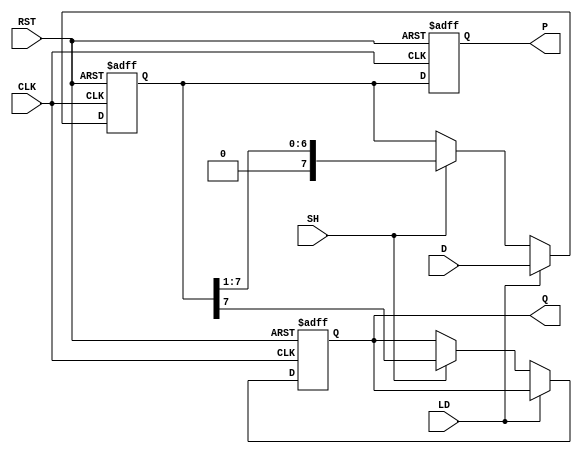
module PISO_Register #(
    parameter WIDTH = 8  // Width of the register (number of bits)
)(
    input wire [WIDTH-1:0] D,  // Parallel data inputs
    input wire LD,              // Load signal
    input wire SH,              // Shift signal
    input wire CLK,             // Clock signal
    input wire RST,             // Reset signal
    output reg Q,               // Serial output
    output reg [WIDTH-1:0] P    // Parallel output (optional)
);

    reg [WIDTH-1:0] shift_reg;  // Shift register to hold data

    always @(posedge CLK or posedge RST) begin
        if (RST) begin
            // Asynchronous reset
            shift_reg <= {WIDTH{1'b0}}; // Clear the register
            Q <= 1'b0;                  // Clear serial output
            P <= {WIDTH{1'b0}};         // Clear parallel output
        end else begin
            if (LD) begin
                // Load operation
                shift_reg <= D;         // Load parallel data into the register
            end else if (SH) begin
                // Shift operation
                Q <= shift_reg[WIDTH-1]; // Output the MSB to Q
                shift_reg <= {1'b0, shift_reg[WIDTH-1:1]}; // Shift right and fill with 0
            end
            // Update parallel output
            P <= shift_reg;
        end
    end

endmodule